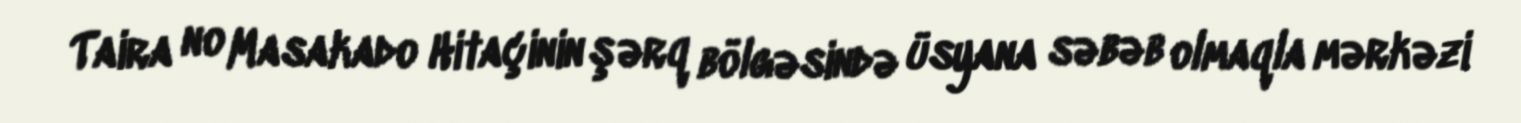
Taira no Masakado Hitaçinin şərq bölgəsində üsyana səbəb olmaqla mərkəzi